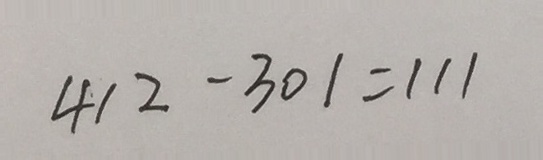
4 1 2 - 3 0 1 = 1 1 1